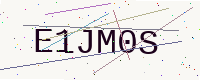
Text: E1JM0S